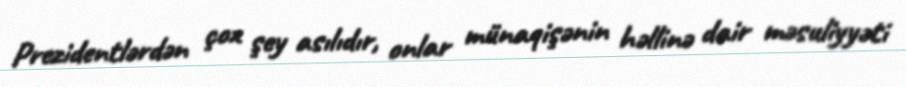
Prezidentlərdən çox şey asılıdır, onlar münaqişənin həllinə dair məsuliyyəti